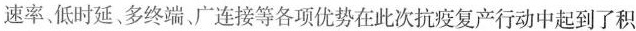
速率。低时延、多终端、广连接等各项优势在此次抗疫复产行动中起到了积